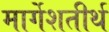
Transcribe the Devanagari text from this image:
मार्गेशतीर्थ